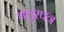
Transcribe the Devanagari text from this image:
धत्तूरपत्र